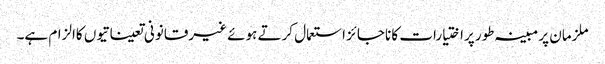
ملزمان پر مبینہ طور پراختیارات کا ناجائز استعمال کرتے ہوئے غیرقانونی تعیناتیوں کاالزام ہے۔